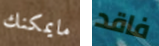
مايمكنك فاقد